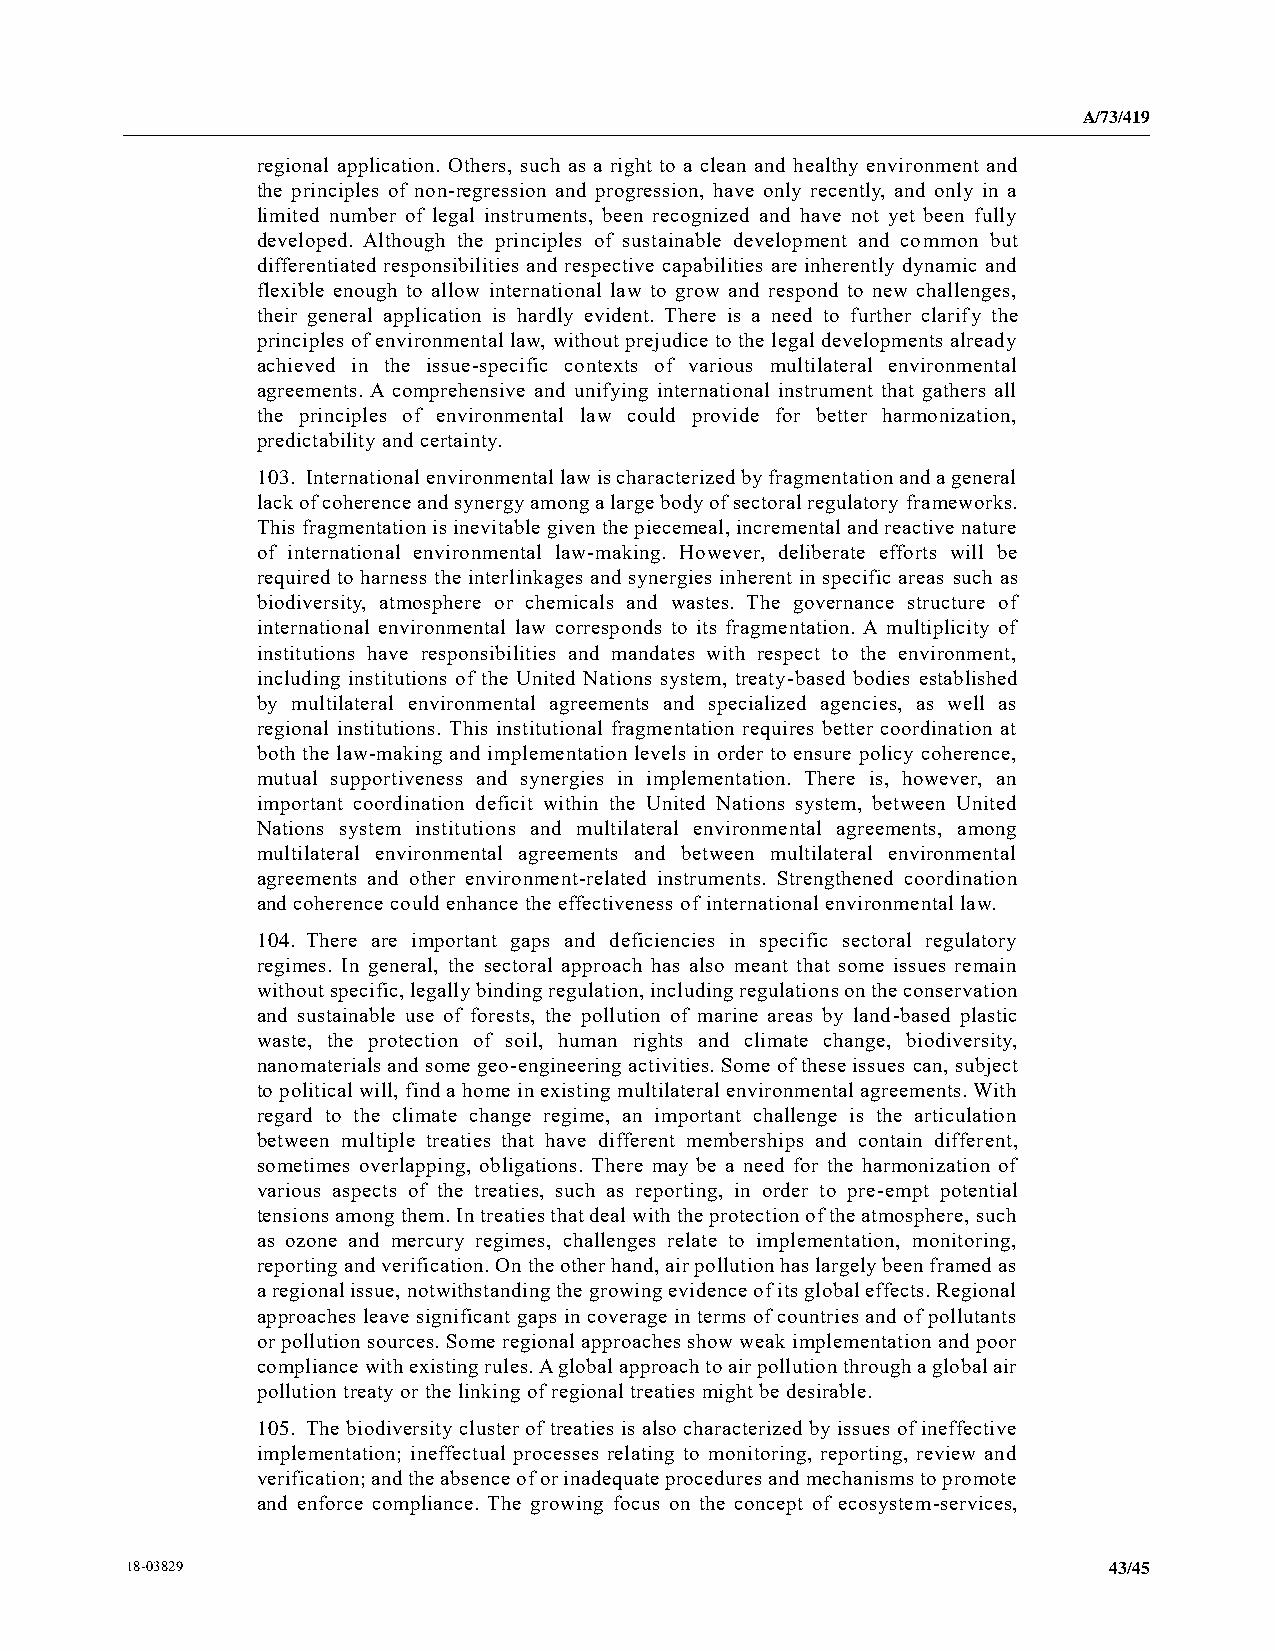
A/73/419
 regional application. Others, such as a right to a clean and healthy environment and
 the principles of non-regression and progression, have only recently, and only in a
 limited number of legal instruments, been recognized and have not yet been fully
 developed. Although the principles of sustainable development and common but
 differentiated responsibilities and respective capabilities are inherently dynamic and
 flexible enough to allow international law to grow and respond to new challenges,
 their general application is hardly evident. There is a need to further clarify the
 principles of environmental law, without prejudice to the legal developments already
 achieved in the issue-specific contexts of various multilateral environmental
 agreements. A comprehensive and unifying international instrument that gathers all
 the principles of environmental law could provide for better harmonization,
 predictability and certainty.
 103. International environmental law is characterized by fragmentation and a general
 lack of coherence and synergy among a large body of sectoral regulatory frameworks.
 This fragmentation is inevitable given the piecemeal, incremental and reactive nature
 of international environmental law-making. However, deliberate efforts will be
 required to harness the interlinkages and synergies inherent in specific areas such as
 biodiversity, atmosphere or chemicals and wastes. The governance structure of
 international environmental law corresponds to its fragmentation. A multiplicity of
 institutions have responsibilities and mandates with respect to the environment,
 including institutions of the United Nations system, treaty-based bodies established
 by multilateral environmental agreements and specialized agencies, as well as
 regional institutions. This institutional fragmentation requires better coordination at
 both the law-making and implementation levels in order to ensure policy coherence,
 mutual supportiveness and synergies in implementation. There is, however, an
 important coordination deficit within the United Nations system, between United
 Nations system institutions and multilateral environmental agreements, among
 multilateral environmental agreements and between multilateral environmental
 agreements and other environment-related instruments. Strengthened coordination
 and coherence could enhance the effectiveness of international environmental law.
 104. There are important gaps and deficiencies in specific sectoral regulatory
 regimes. In general, the sectoral approach has also meant that some issues remain
 without specific, legally binding regulation, including regulations on the conservation
 and sustainable use of forests, the pollution of marine areas by land-based plastic
 waste, the protection of soil, human rights and climate change, biodiversity,
 nanomaterials and some geo-engineering activities. Some of these issues can, subject
 to political will, find a home in existing multilateral environmental agreements. With
 regard to the climate change regime, an important challenge is the articulation
 between multiple treaties that have different memberships and contain different,
 sometimes overlapping, obligations. There may be a need for the harmonization of
 various aspects of the treaties, such as reporting, in order to pre-empt potential
 tensions among them. In treaties that deal with the protection of the atmosphere, such
 as ozone and mercury regimes, challenges relate to implementation, monitoring,
 reporting and verification. On the other hand, air pollution has largely been framed as
 a regional issue, notwithstanding the growing evidence of its global effects. Regional
 approaches leave significant gaps in coverage in terms of countries and of pollutants
 or pollution sources. Some regional approaches show weak implementation and poor
 compliance with existing rules. A global approach to air pollution through a global air
 pollution treaty or the linking of regional treaties might be desirable.
 105. The biodiversity cluster of treaties is also characterized by issues of ineffective
 implementation; ineffectual processes relating to monitoring, reporting, review and
 verification; and the absence of or inadequate procedures and mechanisms to promote
 and enforce compliance. The growing focus on the concept of ecosystem-services,
 18-03829                                                         43/45